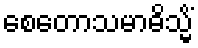
စေတောသမာဓိသ္မိံ